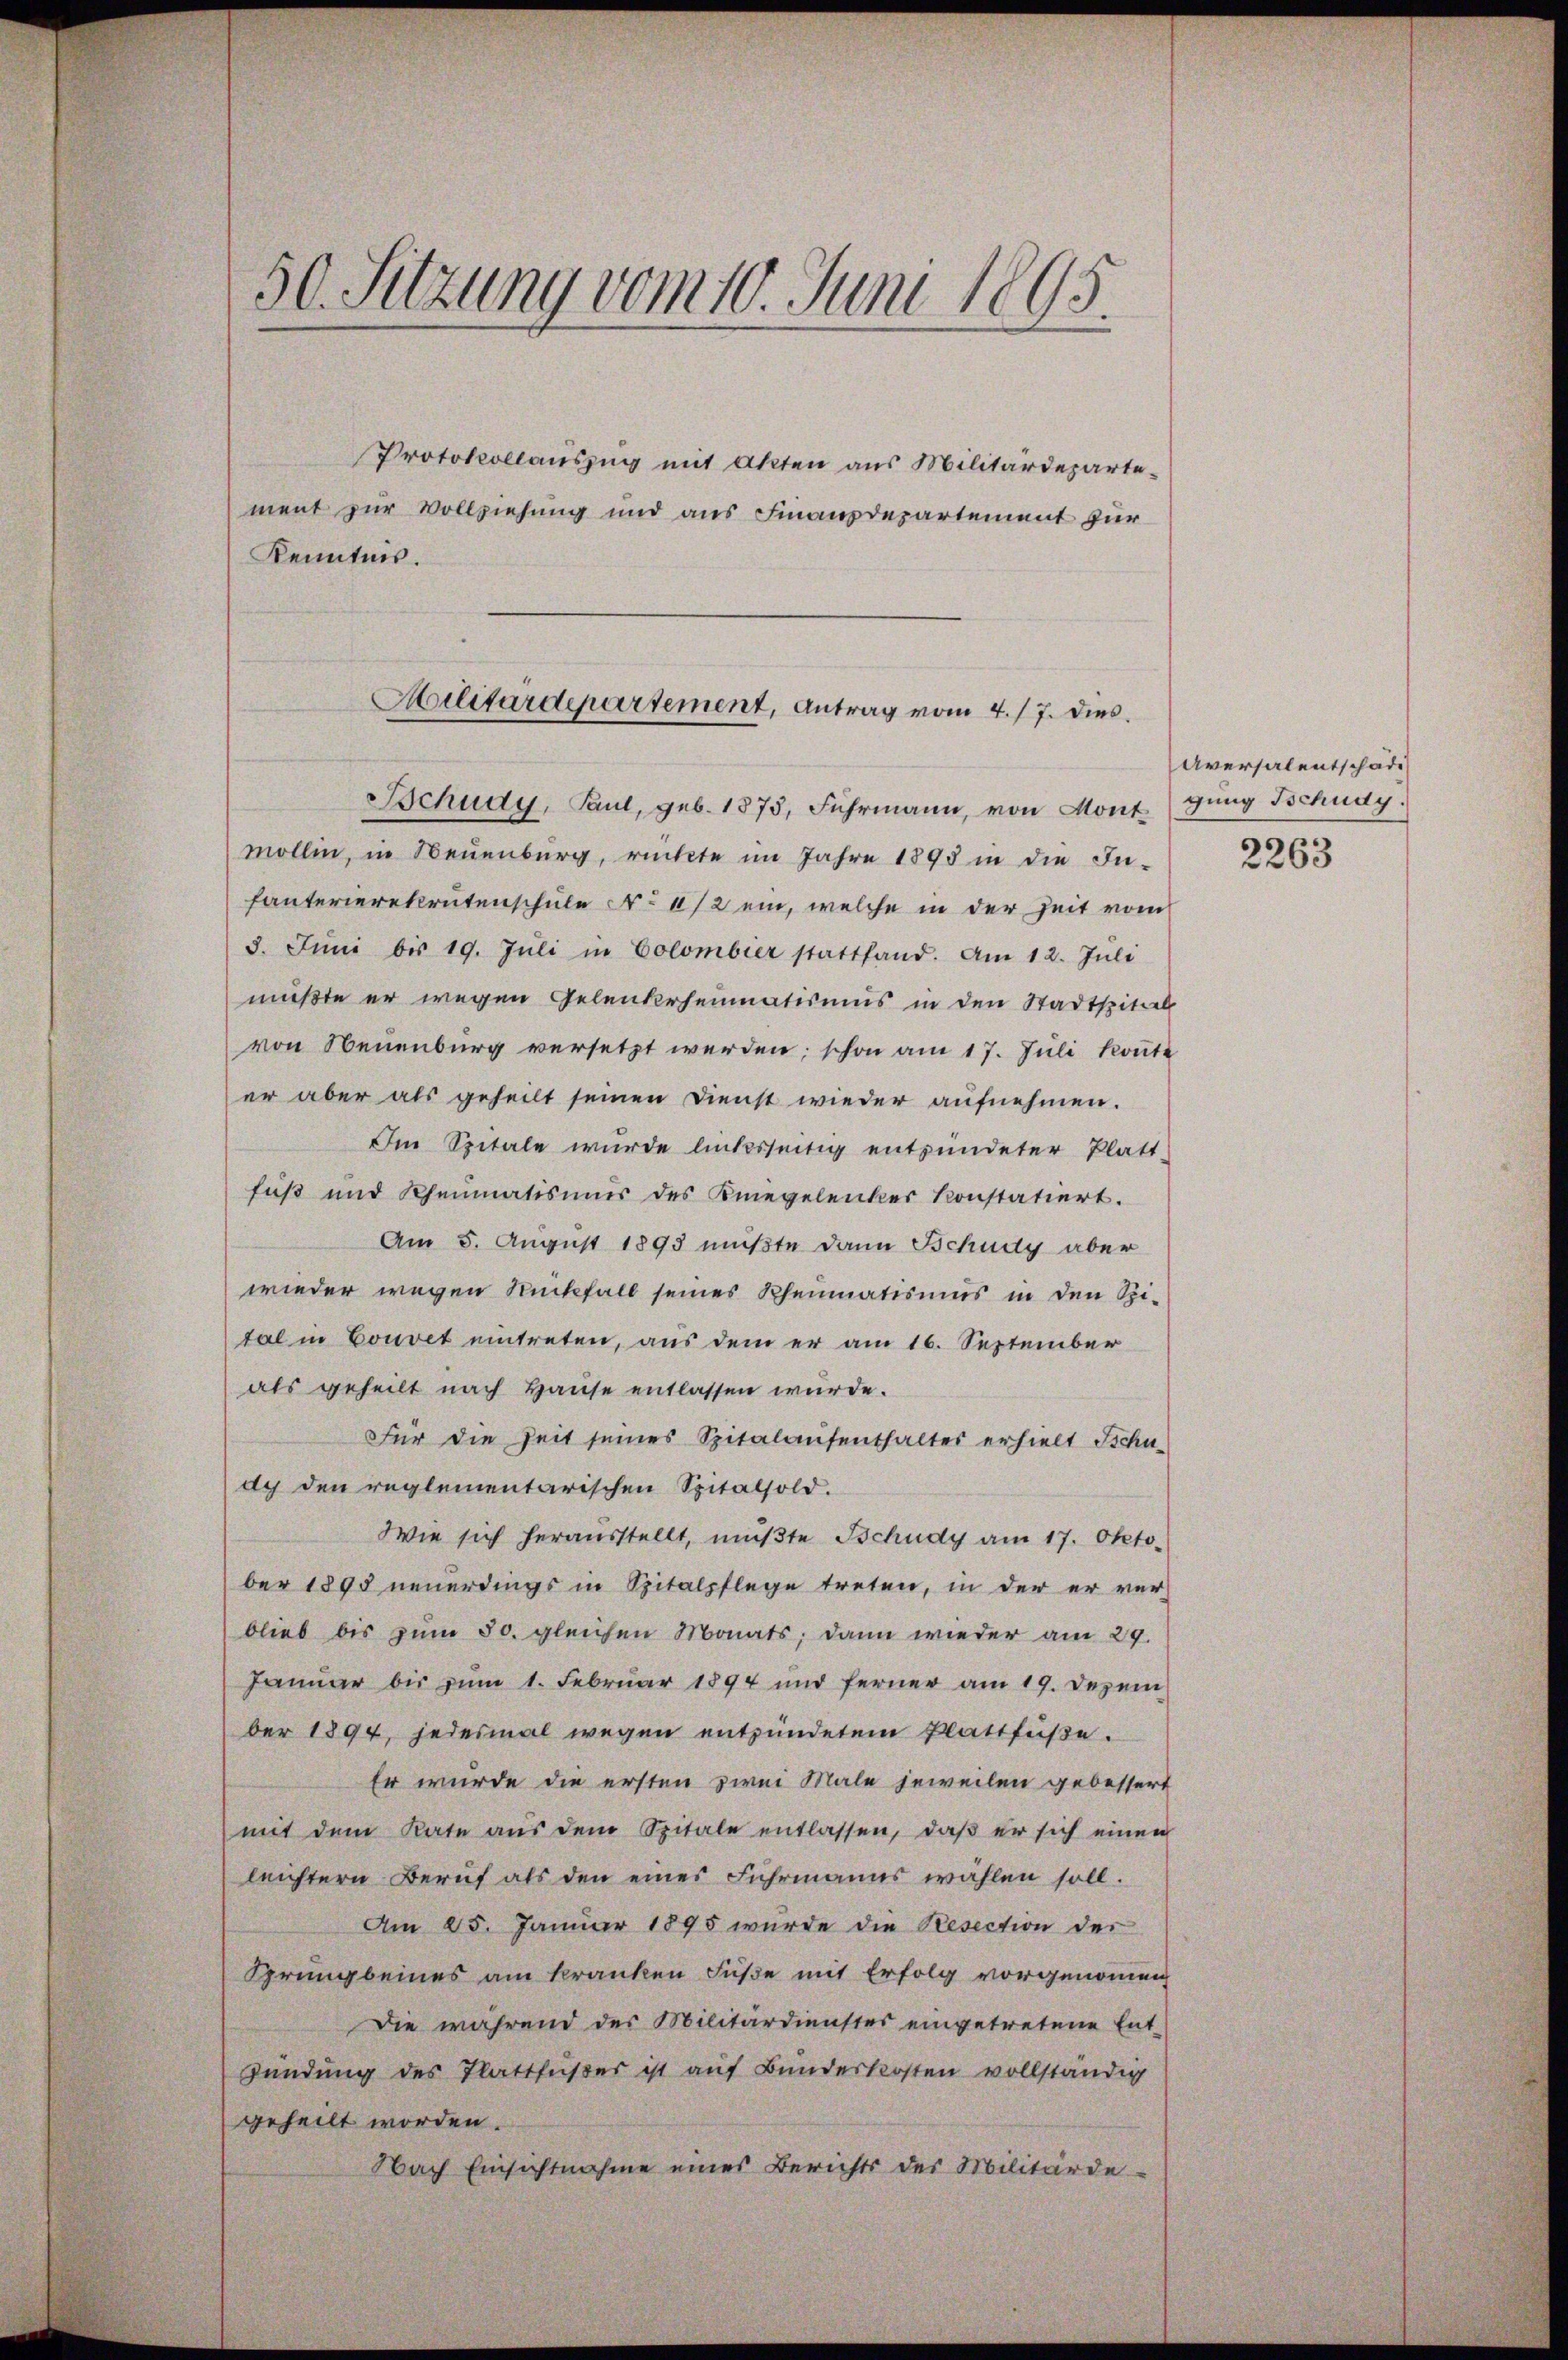
50. Sitzung vom 10. Juni 1895.

Protokollauszug mit Akten aus Militärdeparte-
ment zur Vollziehung und aus Finanzdepartement für
Kenntnis.

Militärdepartement, Antrag vom 4./7. dies
Bchudy, Paul, geb. 1873, Fuhrmann, von Mont

mollen, in Neuenburg, rückte im Jahre 1895 in die Infanterierekrutenschule No 612 ein, welche in der Zeit vom
5. Jŭni bis 19. Jŭli in Colombier stattfand. Am 12. Juli
mußte er wegen Gelenkeheimatismus in den Stadtspitzel
von Neuenburg versetzt werden; schon am 17. Juli konnte
er aber als geheilt seinen Dienst wieder aufnehmen.
Im Spitale wurde linksseitig entzündeter Platt-
fuß und Rheumatismus des Kniegelenker konstatiert.
Am 5. August 1893 mußte dann Schudy aber
wieder wegen Rückfall seines Rheumatismus in den Spi-
tal in Couvet eintreten, aus dem er am 16. September
als geheilt nach Hause entlassen wurde.
Für die Zeit seines Spitalaufenthalter erhielt Schu-
dch den reglementarischen Spitalsold.
Wie sich herausstellt, mußte Schudy am 17. Oktober 1895 neuerdings in Spitalpflege treten, in der er ver-
blieb bis zum 30. gleichen Monats; dann wieder am 29.
Januar bis zum 1. Februar 1894 und ferner am 19. Dezem
ber 1894, jedesmal wegen entzündetem Plattfŭβe.
Er wurde die ersten zwei Male jeweilen gebessert
mit dem Rate aus dem Spitale entlassen, daß er sich einen
leichtern Beruf als den eines Fuhrmanns wählen soll.
Am 25. Januar 1895 wurde die Resection der
Sprung beines am kranken Füße mit Erfolg vorgenommen
Die während des Militärdienster eingetretene Ent-
Sendung des Plattfußer ist auf Bundeskosten vollständig
geheilt worden.
Nach Einsichtnahme eines Berichts der Militärde

Aversalentschäde
gung Tschudy

2263